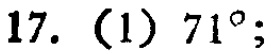
17. (1) \(71^{\circ}\);